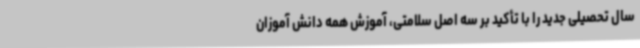
سال تحصیلی جدید را با تأکید بر سه اصل سلامتی، آموزش همه دانش آموزان